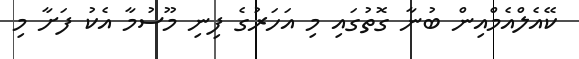
ކޭއެލްއެމްއިން ބުނާ ގޮތުގައި މި އަހަރުގެ ފިނި މޫސުމާ އެކު ފަށާ މި